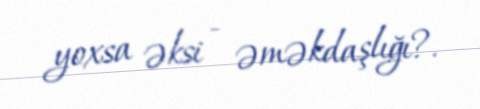
yoxsa əksi - əməkdaşlığı?.